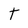
Character: t